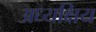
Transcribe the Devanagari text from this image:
अध्यक्षिय